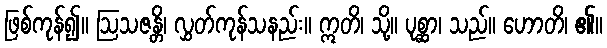
ဖြစ်ကုန်၍။ ဩသဇန္တိ၊ လွှတ်ကုန်သနည်း။ ဣတိ၊ သို့။ ပုစ္ဆာ၊ သည်။ ဟောတိ၊ ၏။